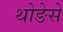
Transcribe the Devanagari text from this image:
थोङेसे